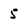
Character: 5